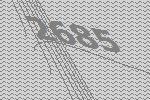
2685